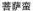
菩萨蛮